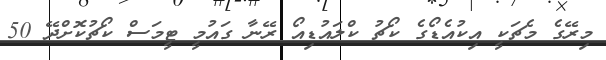
މިރޭގެ މެޗަކީ އިކުއެޑޯގެ ކޯޗު ކްލައުޑިއޯ ރޭނާ ގައުމީ ޓީމަސް ކޯޗުކޮށްދޭ 50